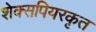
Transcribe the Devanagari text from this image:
शेक्सपियरकृत